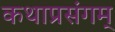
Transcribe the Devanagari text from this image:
कथाप्रसंगम्